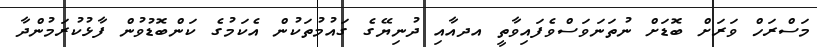
މަސްރަހް ވަރަށް ބޮޑަށް ނުތަނަވަސްވެފައިވާތީ އދއާއި ދުނިޔޭގެ ގައުމުތަކުން އެކަމުގެ ކަންބޮޑުވުން ފާޅުކުރަމުންދާ